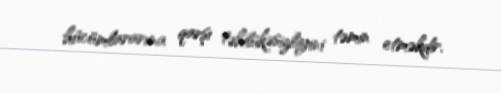
hücümlararına qarşı təhlükəsizliyini təmin etməkdir.